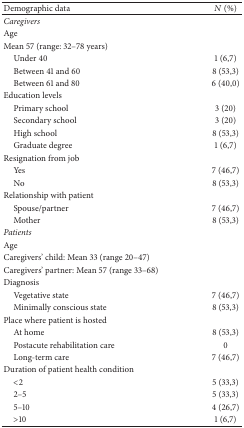
| Demographic data | N (%) |
 | --- | --- |
 | Caregivers |  |
 | Age |  |
 | Mean 57 (range: 32–78 years) |  |
 | Under 40 | 1 (6,7) |
 | Between 41 and 60 | 8 (53,3) |
 | Between 61 and 80 | 6 (40,0) |
 | Education levels |  |
 | Primary school | 3 (20) |
 | Secondary school | 3 (20) |
 | High school | 8 (53,3) |
 | Graduate degree | 1 (6,7) |
 | Resignation from job |  |
 | Yes | 7 (46,7) |
 | No | 8 (53,3) |
 | Relationship with patient |  |
 | Spouse/partner | 7 (46,7) |
 | Mother | 8 (53,3) |
 | Patients |  |
 | Age |  |
 | Caregivers' child: Mean 33 (range 20–47) |  |
 | Caregivers' partner: Mean 57 (range 33–68) |  |
 | Diagnosis |  |
 | Vegetative state | 7 (46,7) |
 | Minimally conscious state | 8 (53,3) |
 | Place where patient is hosted |  |
 | At home | 8 (53,3) |
 | Postacute rehabilitation care | 0 |
 | Long-term care | 7 (46,7) |
 | Duration of patient health condition |  |
 | <2 | 5 (33,3) |
 | 2–5 | 5 (33,3) |
 | 5–10 | 4 (26,7) |
 | >10 | 1 (6,7) |